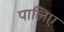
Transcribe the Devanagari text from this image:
पालिए